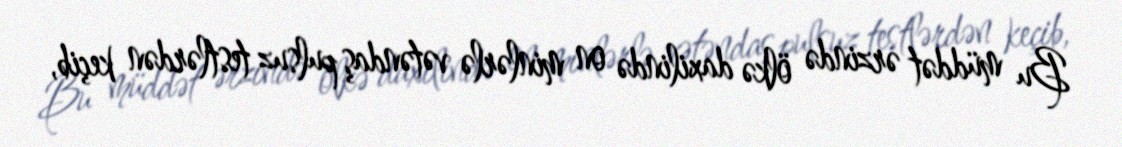
Bu müddət ərzində ölkə daxilində on minlərlə vətəndaş pulsuz testlərdən keçib,